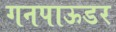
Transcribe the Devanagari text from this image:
गनपाऊडर